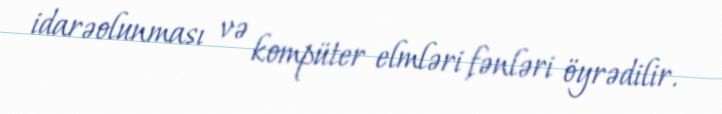
idarəolunması və kompüter elmləri fənləri öyrədilir.